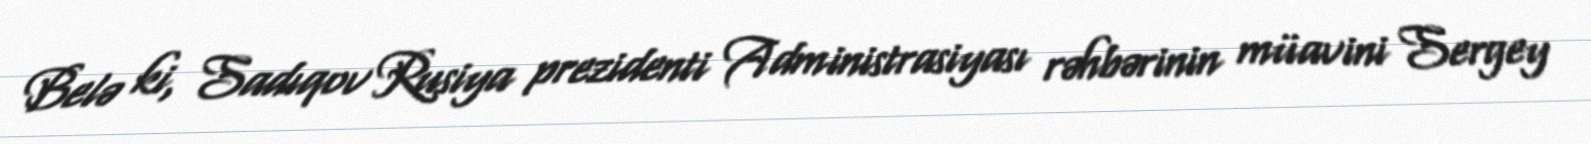
Belə ki, Sadıqov Rusiya prezidenti Administrasiyası rəhbərinin müavini Sergey